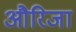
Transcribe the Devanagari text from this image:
औरिजा